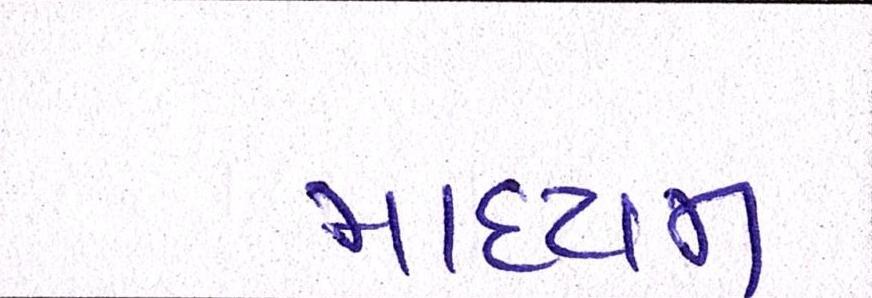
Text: માધ્યમ